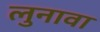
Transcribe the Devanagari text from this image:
लुनावा